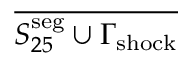
\overline { { S _ { 2 5 } ^ { \mathrm { s e g } } \cup \Gamma _ { \mathrm { { s h o c k } } } } }